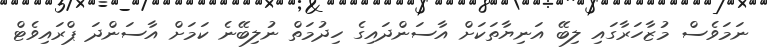
ނަމަވެސް މުޒާހަރާގައި ލިބޭ އަނިޔާތަކަށް އާސަންދައިގެ ހިދުމަތް ނުލިބޭނެ ކަމަށް އާސަންދަ ޕްރައިވެޓް